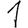
Digit: 1